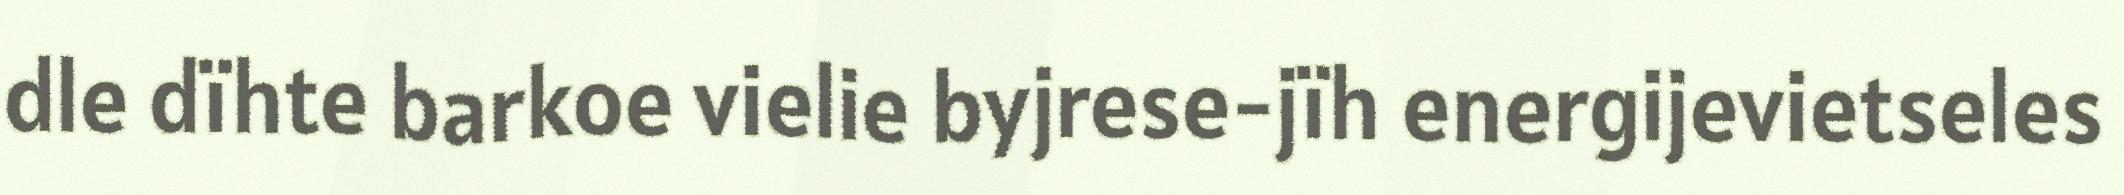
dle dïhte barkoe vielie byjrese-jïh energijevietseles